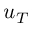
u _ { T }